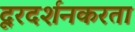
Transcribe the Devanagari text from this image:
दूरदर्शनकरता